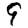
Digit: 9